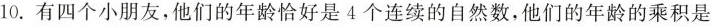
10.有四个小朋友，他们的年龄恰好是4个连续的自然数，他们的年龄的乘积是